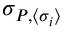
\sigma _ { P , \langle \sigma _ { i } \rangle }